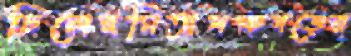
চিলেরমিতাপঞ্চগড়ের